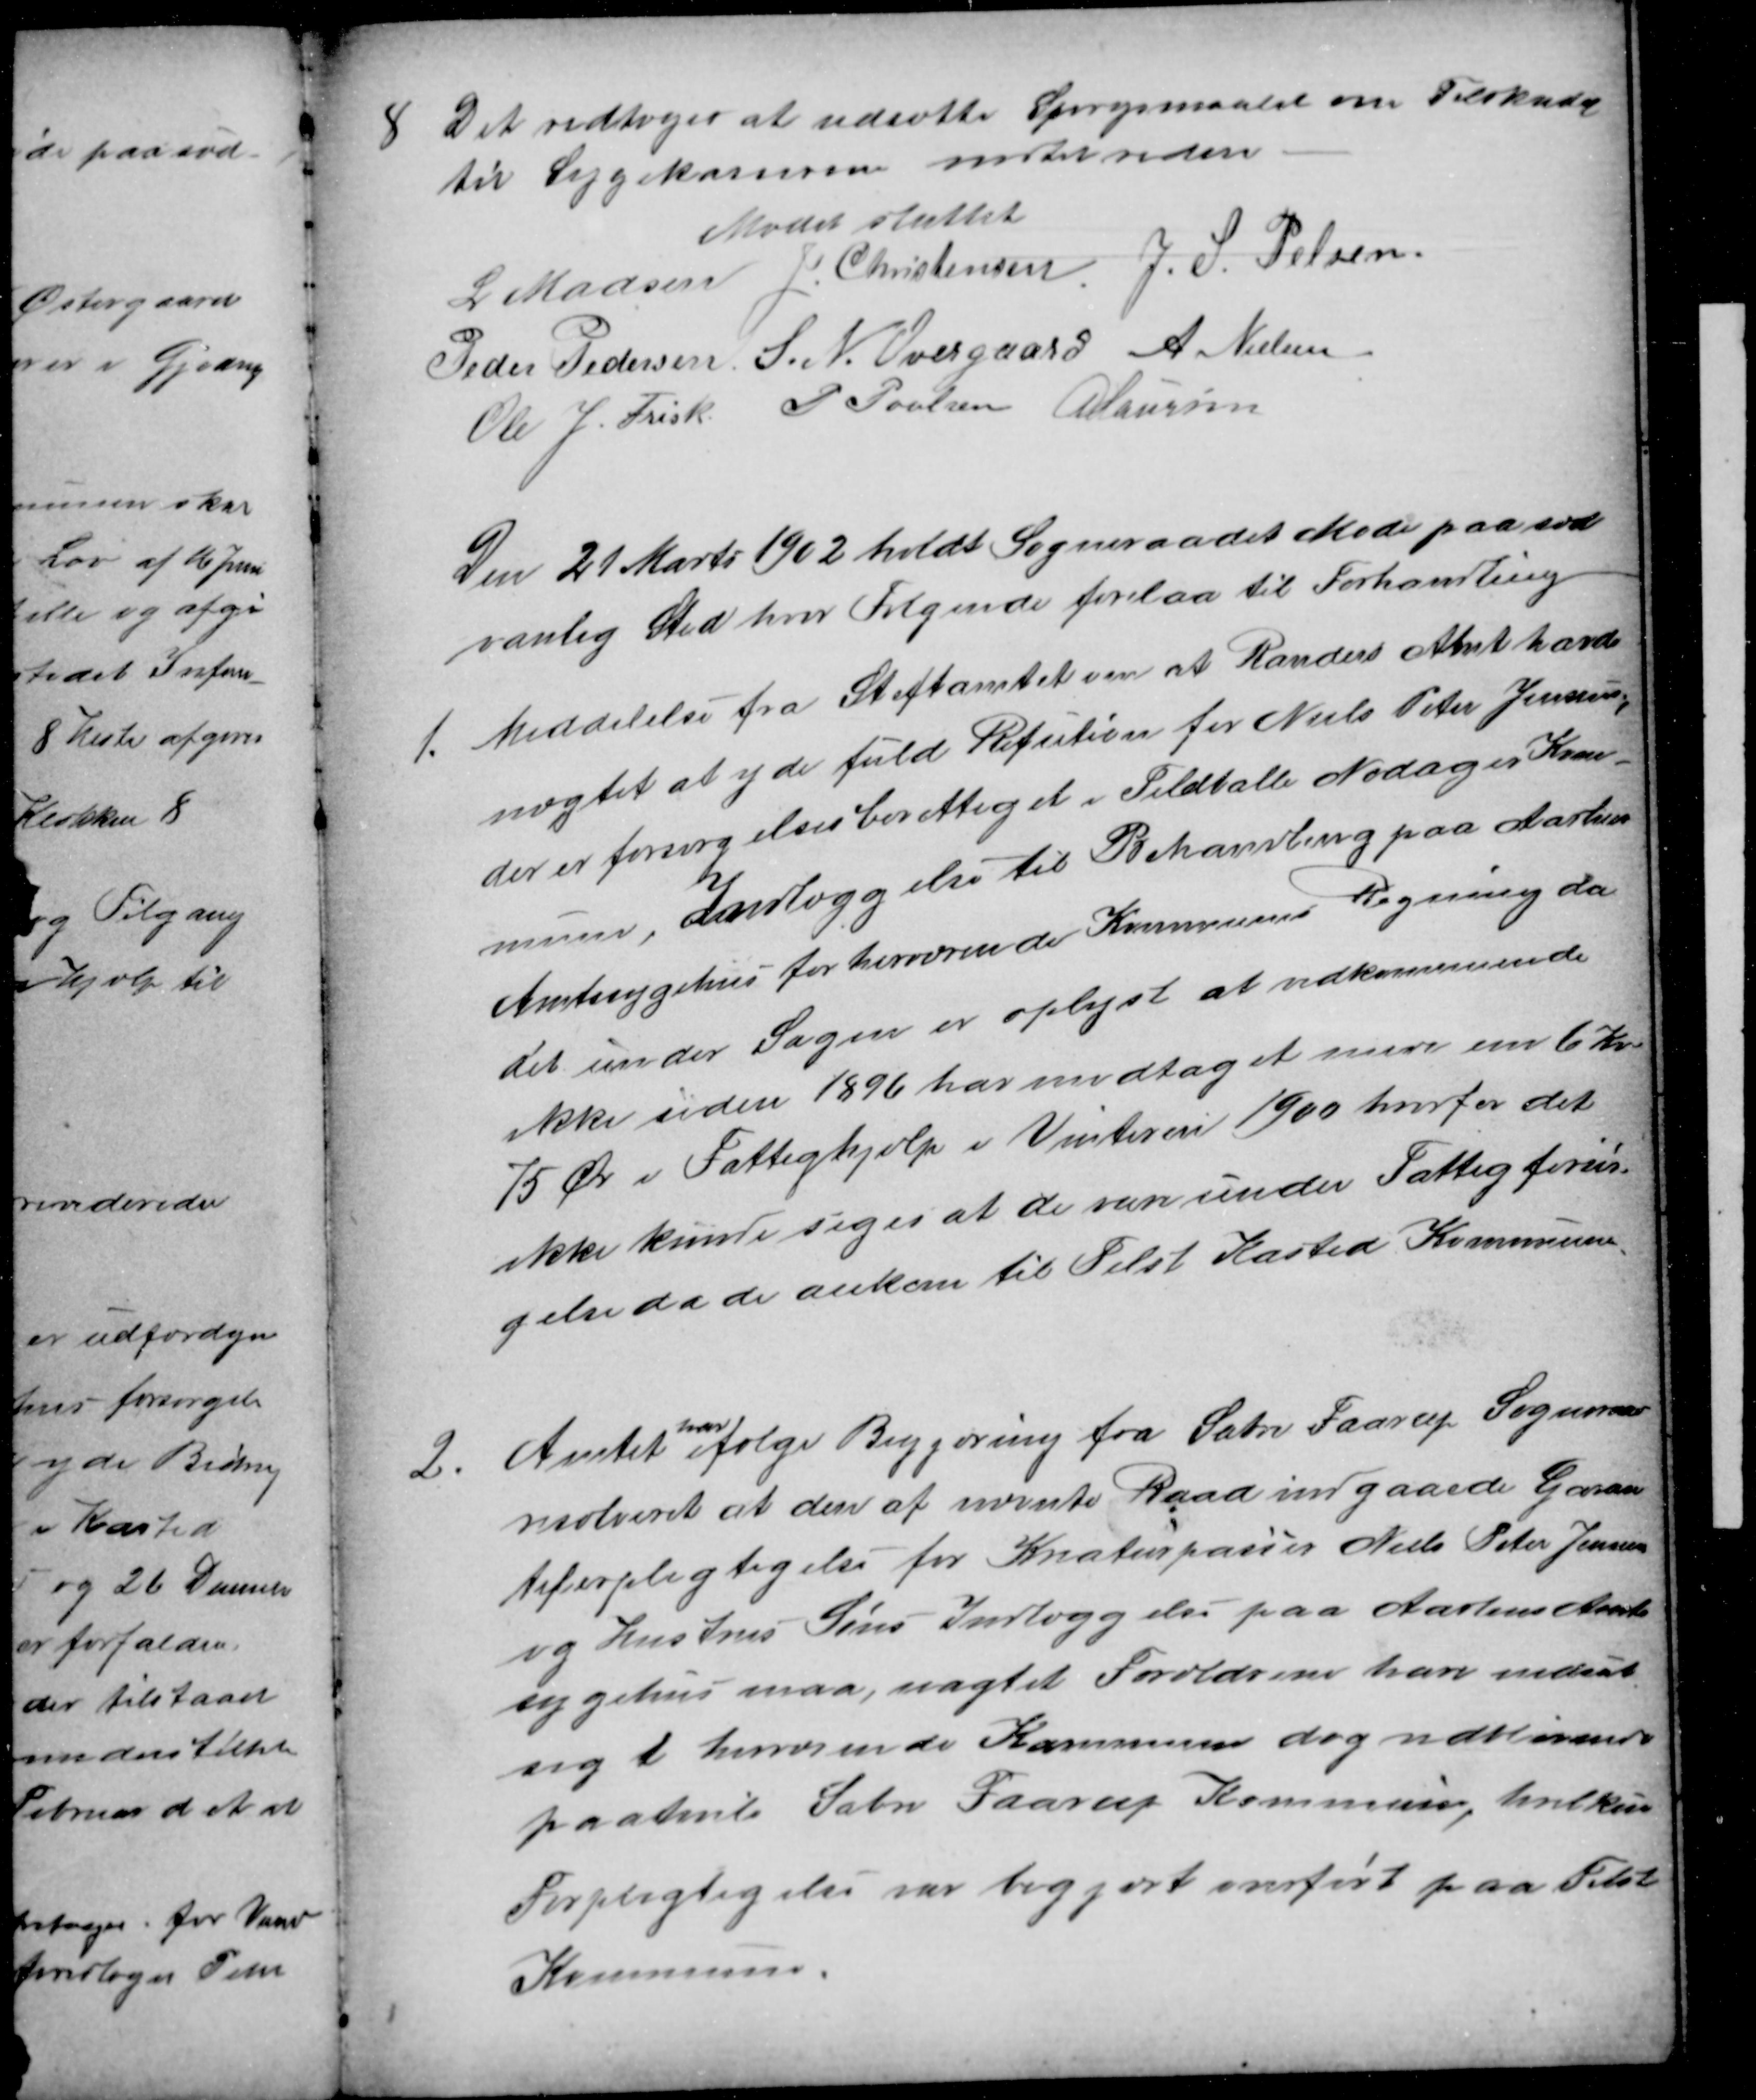
Transskription:
8
Det vedtoges at udsætte Spørgsmaalet om Tilskud
til Sygekasserne indtil videre
Mødet sluttet
L Madsen J. Christensen J. S. Pelsen
Peder Pedersen S. N. Overgaard A. Nielsen
Ole J. Frisk P Poulsen A Laursen
Den 21 Marts 1902 holdt Sogneraadet Møde paa sæd
vanlig Sted hvor Følgende forelaa til Forhandling
1.
Meddelelse fra Stiftamtet om at Randers Amt havde
nægtet at yde fuld Refution for Niels Peter Jensens,
der er forsørgelsesberettiget i Feldballe Nødager Kom
mune, Indlæggelse til Behandling paa Aarhus
Amtssygehus for herværende Kommunes Regning da
det under Sagen er oplyst at vedkommende
ikke siden 1896 har modtaget mere en 6 Kr.
75 Øre i Fattighjælp i Vinteren 1900 hvorfor det
ikke kunde siges at de var under Fattigforsør-
gelse da de ankom til Tilst Kasted Kommune.
2.
Amtet 
har
ifølge Begjæring fra Sabro Faarup Sogneraad
resolveret at den af nævnte Raad indgaaede Garan
tiforpligtigelse for Kreaturpasser Niels Peter Jensen
og Hustrus Søns Indlæggelse paa Aarhus Amts
sygehus maa, uagtet Forældrene have nedsat
sig i herværende Kommune dog indtil videre
paahvile Sabro Faarup Kommune, hvilken
Forpligtigelse var begjært overført paa Tilst
Kommune